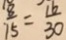
\frac { 8 } { 1 5 } = \frac { 1 6 } { 3 0 }